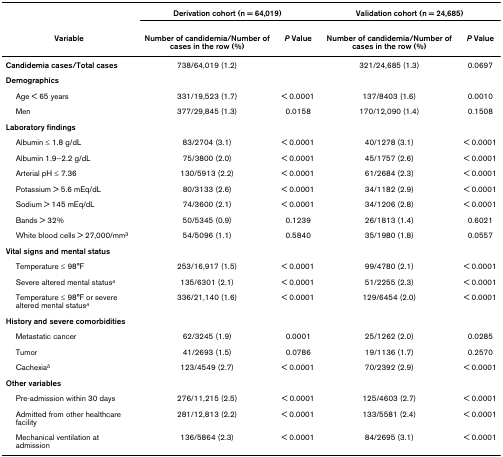
<table><thead><tr><td>[EMPTY_CELL]</td><td colspan="2"><b>Derivation cohort (n = 64,019)</b></td><td colspan="2"><b>Validation cohort (n = 24,685)</b></td></tr><tr><td><b>Variable</b></td><td><b>Number of candidemia/Number of cases in the row (%)</b></td><td><b><i>P </i>Value</b></td><td><b>Number of candidemia/Number of cases in the row (%)</b></td><td><b><i>P </i>Value</b></td></tr></thead><tbody><tr><td><b>Candidemia cases/Total cases</b></td><td>738/64,019 (1.2)</td><td>[EMPTY_CELL]</td><td>321/24,685 (1.3)</td><td>0.0697</td></tr><tr><td><b>Demographics</b></td><td>[EMPTY_CELL]</td><td>[EMPTY_CELL]</td><td>[EMPTY_CELL]</td><td>[EMPTY_CELL]</td></tr><tr><td> Age &lt; 65 years</td><td>331/19,523 (1.7)</td><td>&lt; 0.0001</td><td>137/8403 (1.6)</td><td>0.0010</td></tr><tr><td> Men</td><td>377/29,845 (1.3)</td><td>0.0158</td><td>170/12,090 (1.4)</td><td>0.1508</td></tr><tr><td><b>Laboratory findings</b></td><td>[EMPTY_CELL]</td><td>[EMPTY_CELL]</td><td>[EMPTY_CELL]</td><td>[EMPTY_CELL]</td></tr><tr><td> Albumin ≤ 1.8 g/dL</td><td>83/2704 (3.1)</td><td>&lt; 0.0001</td><td>40/1278 (3.1)</td><td>&lt; 0.0001</td></tr><tr><td> Albumin 1.9--2.2 g/dL</td><td>75/3800 (2.0)</td><td>&lt; 0.0001</td><td>45/1757 (2.6)</td><td>&lt; 0.0001</td></tr><tr><td> Arterial pH ≤ 7.36</td><td>130/5913 (2.2)</td><td>&lt; 0.0001</td><td>61/2684 (2.3)</td><td>&lt; 0.0001</td></tr><tr><td> Potassium &gt; 5.6 mEq/dL</td><td>80/3133 (2.6)</td><td>&lt; 0.0001</td><td>34/1182 (2.9)</td><td>&lt; 0.0001</td></tr><tr><td> Sodium &gt; 145 mEq/dL</td><td>74/3600 (2.1)</td><td>&lt; 0.0001</td><td>34/1206 (2.8)</td><td>&lt; 0.0001</td></tr><tr><td> Bands &gt; 32%</td><td>50/5345 (0.9)</td><td>0.1239</td><td>26/1813 (1.4)</td><td>0.6021</td></tr><tr><td> White blood cells &gt; 27,000/mm<sup>3</sup></td><td>54/5096 (1.1)</td><td>0.5840</td><td>35/1980 (1.8)</td><td>0.0557</td></tr><tr><td><b>Vital signs and mental status</b></td><td>[EMPTY_CELL]</td><td>[EMPTY_CELL]</td><td>[EMPTY_CELL]</td><td>[EMPTY_CELL]</td></tr><tr><td> Temperature ≤ 98°F</td><td>253/16,917 (1.5)</td><td>&lt; 0.0001</td><td>99/4780 (2.1)</td><td>&lt; 0.0001</td></tr><tr><td> Severe altered mental status<sup><i>a</i></sup></td><td>135/6301 (2.1)</td><td>&lt; 0.0001</td><td>51/2255 (2.3)</td><td>&lt; 0.0001</td></tr><tr><td> Temperature ≤ 98°F or severe altered mental status<sup><i>a</i></sup></td><td>336/21,140 (1.6)</td><td>&lt; 0.0001</td><td>129/6454 (2.0)</td><td>&lt; 0.0001</td></tr><tr><td><b>History and severe comorbidities</b></td><td>[EMPTY_CELL]</td><td>[EMPTY_CELL]</td><td>[EMPTY_CELL]</td><td>[EMPTY_CELL]</td></tr><tr><td> Metastatic cancer</td><td>62/3245 (1.9)</td><td>0.0001</td><td>25/1262 (2.0)</td><td>0.0285</td></tr><tr><td> Tumor</td><td>41/2693 (1.5)</td><td>0.0786</td><td>19/1136 (1.7)</td><td>0.2570</td></tr><tr><td> Cachexia<sup><i>b</i></sup></td><td>123/4549 (2.7)</td><td>&lt; 0.0001</td><td>70/2392 (2.9)</td><td>&lt; 0.0001</td></tr><tr><td><b>Other variables</b></td><td>[EMPTY_CELL]</td><td>[EMPTY_CELL]</td><td>[EMPTY_CELL]</td><td>[EMPTY_CELL]</td></tr><tr><td> Pre-admission within 30 days</td><td>276/11,215 (2.5)</td><td>&lt; 0.0001</td><td>125/4603 (2.7)</td><td>&lt; 0.0001</td></tr><tr><td> Admitted from other healthcare facility</td><td>281/12,813 (2.2)</td><td>&lt; 0.0001</td><td>133/5581 (2.4)</td><td>&lt; 0.0001</td></tr><tr><td> Mechanical ventilation at admission</td><td>136/5864 (2.3)</td><td>&lt; 0.0001</td><td>84/2695 (3.1)</td><td>&lt; 0.0001</td></tr></tbody></table>